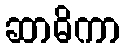
ဆာဓိကာ